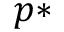
p *